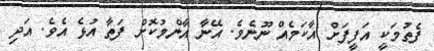
ފެތުމަކީ އަފީފަށް އާކަމެއް ނޫނެވެ. އޭނާ އާންމުކޮށް ފަތާ އުޅެ އެވެ. އަދި